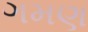
ગમણ